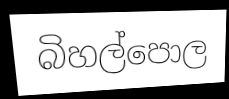
බිහල්පොල